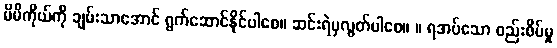
မိမိကိုယ်ကို ချမ်းသာအောင် ရွက်ဆောင်နိုင်ပါစေ။ ဆင်းရဲမှလွတ်ပါစေ။ ။ ရအပ်သော စည်းစိမ်မှု